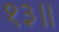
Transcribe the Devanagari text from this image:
१३॥